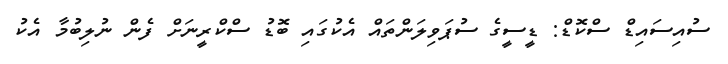
ސުއިސައިޑް ސްކޮޑް: ޑީސީގެ ސުޕަވިލަންތައް އެކުގައި ބޮޑު ސްކްރީނަށް ފެން ނުލިބުމާ އެކު